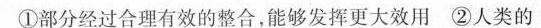
①部分经过合理有效的整合，能够发挥更大效用 ②人类的